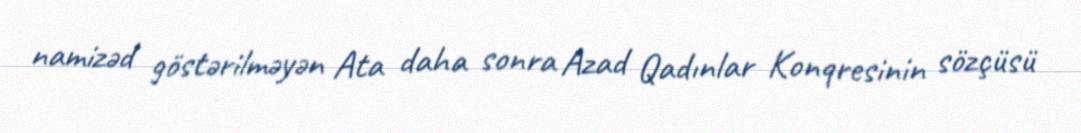
namizəd göstərilməyən Ata daha sonra Azad Qadınlar Konqresinin sözçüsü